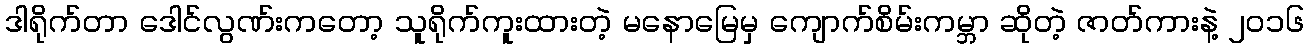
ဒါရိုက်တာ ဒေါင်လွဏ်းကတော့ သူရိုက်ကူးထားတဲ့ မနောမြေမှ ကျောက်စိမ်းကမ္ဘာ ဆိုတဲ့ ဇာတ်ကားနဲ့ ၂၀၁၆